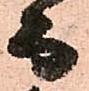
而